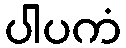
ပါပကံ